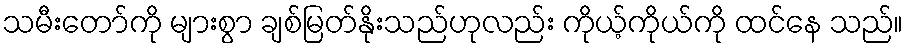
သမီးတော်ကို များစွာ ချစ်မြတ်နိုးသည်ဟုလည်း ကိုယ့်ကိုယ်ကို ထင်နေ သည်။